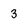
Character: 3